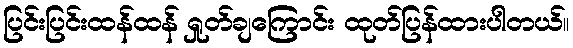
ပြင်းပြင်းထန်ထန် ရှုတ်ချကြောင်း ထုတ်ပြန်ထားပါတယ်။